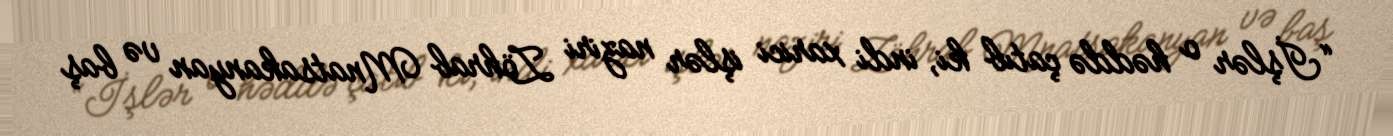
“İşlər o həddə çatıb ki, indi xarici işlər naziri Zöhrab Mnatsakanyan və baş